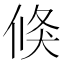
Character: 倏